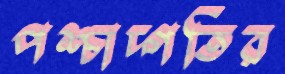
পশ্চাদ্গতির